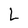
Character: L